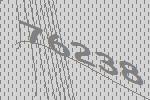
76238